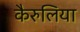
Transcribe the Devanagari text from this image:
कैरुलिया